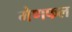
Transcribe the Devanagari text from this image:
मेणफल